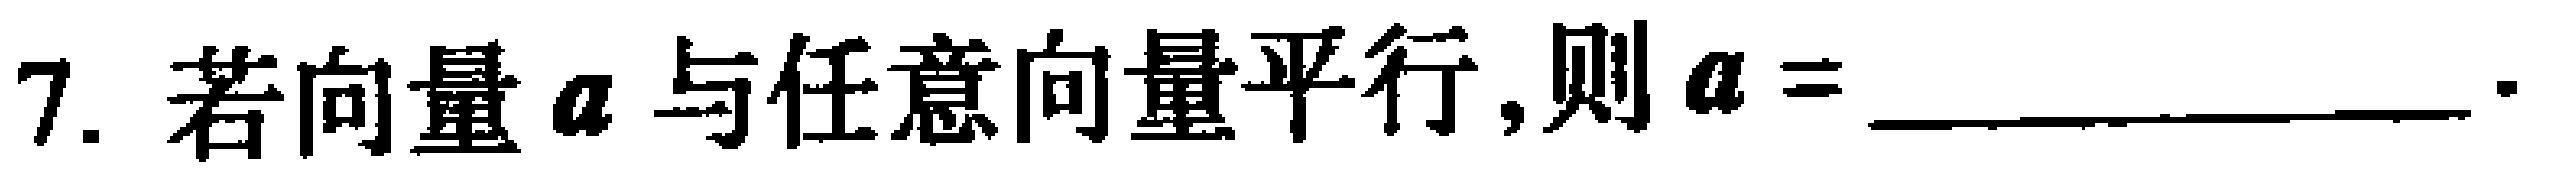
7. 若向量$\boldsymbol{a}$与任意向量平行,则$\boldsymbol{a}=$ __________.